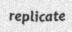
replicate